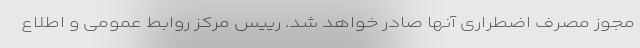
مجوز مصرف اضطراری آنها صادر خواهد شد. رییس مرکز روابط عمومی و اطلاع